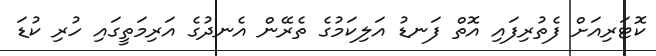
ކޮޓަރިއަށް ފެތުރިފައި އޮތް ފަނޑު އަލިކަމުގެ ތެރޭން އެނދުގެ އަރިމަތީގައި ހުރި ކުޑަ